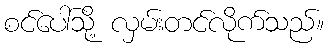
စင်ပေါ်သို့ လှမ်းတင်လိုက်သည်။